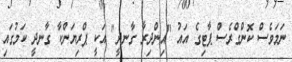
ނަމަވެސް ކޮންގްރެސް ޕާޓިގެ އައު "އިންދިރާ ގާނދީ" އަކީ ޕްރިޔަންކާ ގާނދީ ކަމުގައި